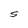
Character: S